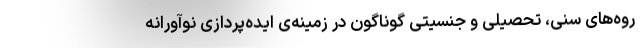
روه‌های سنی، تحصیلی و جنسیتی گوناگون در زمینه‌ی ایده‌پردازی نوآورانه